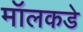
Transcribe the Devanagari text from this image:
मॉलकडे